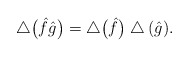
\begin{gather*}\bigtriangleup\big(\hat{f}\hat{g}\big)=\bigtriangleup\big(\hat{f}\big)\bigtriangleup(\hat{g}).\end{gather*}